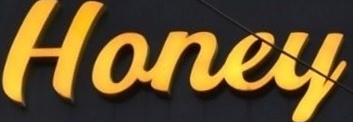
Honey